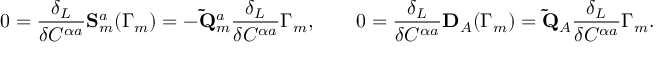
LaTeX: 0 = \frac { \delta _ { L } } { \delta C ^ { \alpha a } } \mathbf { S } _ { m } ^ { a } ( \Gamma _ { m } ) = - \mathbf { \tilde { Q } } _ { m } ^ { a } \frac { \delta _ { L } } { \delta C ^ { \alpha a } } \Gamma _ { m } , \qquad 0 = \frac { \delta _ { L } } { \delta C ^ { \alpha a } } \mathbf { D } _ { A } ( \Gamma _ { m } ) = \mathbf { \tilde { Q } } _ { A } \frac { \delta _ { L } } { \delta C ^ { \alpha a } } \Gamma _ { m } .